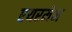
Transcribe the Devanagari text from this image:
एयरमेन